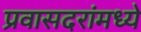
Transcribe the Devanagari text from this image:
प्रवासदरांमध्ये